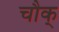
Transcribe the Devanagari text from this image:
चौक्